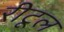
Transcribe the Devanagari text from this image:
रीटूल